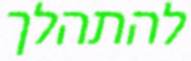
להתהלך